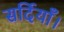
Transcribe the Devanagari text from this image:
सर्दियाँ।